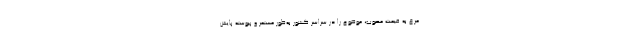
مرغ به قیمت مصوب، موضوع را در سراسر کشور به‌طور مستمر و پیوسته پایش